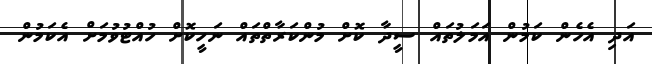
އަދި އެހެން ކަމުން އަމަލުތައް ސީދާ ކޮށް މުންކަރާތްތައް ނަހީކޮށް ހުއްޓުވުމަށް އެކަމުން